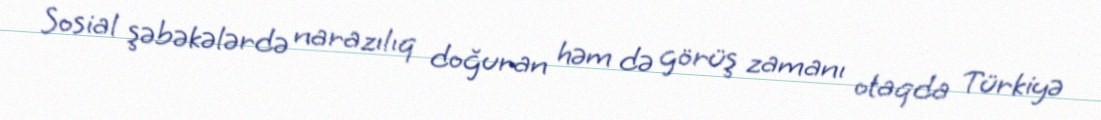
Sosial şəbəkələrdə narazılıq doğuran həm də görüş zamanı otaqda Türkiyə